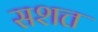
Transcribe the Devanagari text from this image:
सशत्त